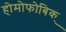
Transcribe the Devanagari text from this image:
होमोफोबिक्